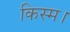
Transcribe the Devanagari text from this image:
किस्म।